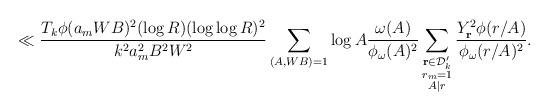
LaTeX: \begin{align*}&\ll \frac{T_k\phi(a_m W B)^2(\log{R})(\log\log{R})^2}{k^2 a_m^2B^2W^2}\sum_{(A,WB)=1}\log{A}\frac{\omega(A)}{\phi_\omega(A)^2}\sum_{\substack{\mathbf{r}\in\mathcal{D}'_k\\ r_m=1\\ A|r}}\frac{Y_{\mathbf{r}}^2\phi(r/A)}{\phi_\omega(r/A)^2}.\end{align*}